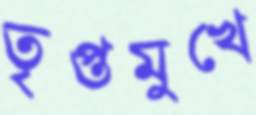
তৃপ্তমুখে